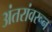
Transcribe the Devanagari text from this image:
अंतरांवरून